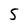
Character: 5